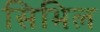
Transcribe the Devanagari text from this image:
सिभिल